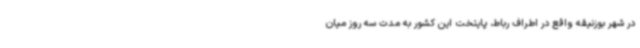
در شهر بوزنیقه واقع در اطراف رباط، پایتخت این کشور به مدت سه روز میان